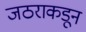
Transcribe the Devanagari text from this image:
जठराकडून